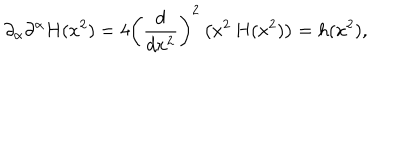
LaTeX: \partial _ { \alpha } \partial ^ { \alpha } H ( x ^ { 2 } ) = 4 \left( { \frac { d } { d x ^ { 2 } } } \right) ^ { 2 } \left( x ^ { 2 } \, H ( x ^ { 2 } ) \right) = h ( x ^ { 2 } ) ,